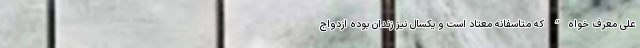
علی معرف خواه” که متاسفانه معتاد است و یکسال نیز زندان بوده ازدواج